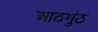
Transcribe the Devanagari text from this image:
आठगुंठ